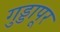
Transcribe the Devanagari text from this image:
गुड्डापूर